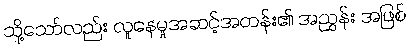
သို့သော်လည်း လူနေမှုအဆင့်အတန်း၏ အညွှန်း အဖြစ်